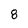
Character: 8